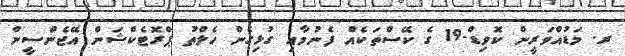
ރ. މަޑުއްވަރީން ކޮވިޑް-19 ގެ ކޭސްތަކެއް ފެނުމާއި ގުޅިގެން ހެލްތު ޕްރޮޓެކްޝަން އޭޖެންސީން